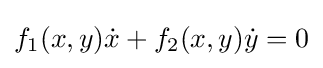
f_{1}(x,y){\dot {x}}+f_{2}(x,y){\dot {y}}=0